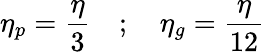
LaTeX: \eta_{p}=\frac{\eta}{3}\quad;\quad\eta_{g}=\frac{\eta}{12}